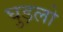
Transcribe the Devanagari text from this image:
घुड़लो